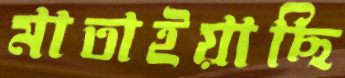
মাতাইয়াছি